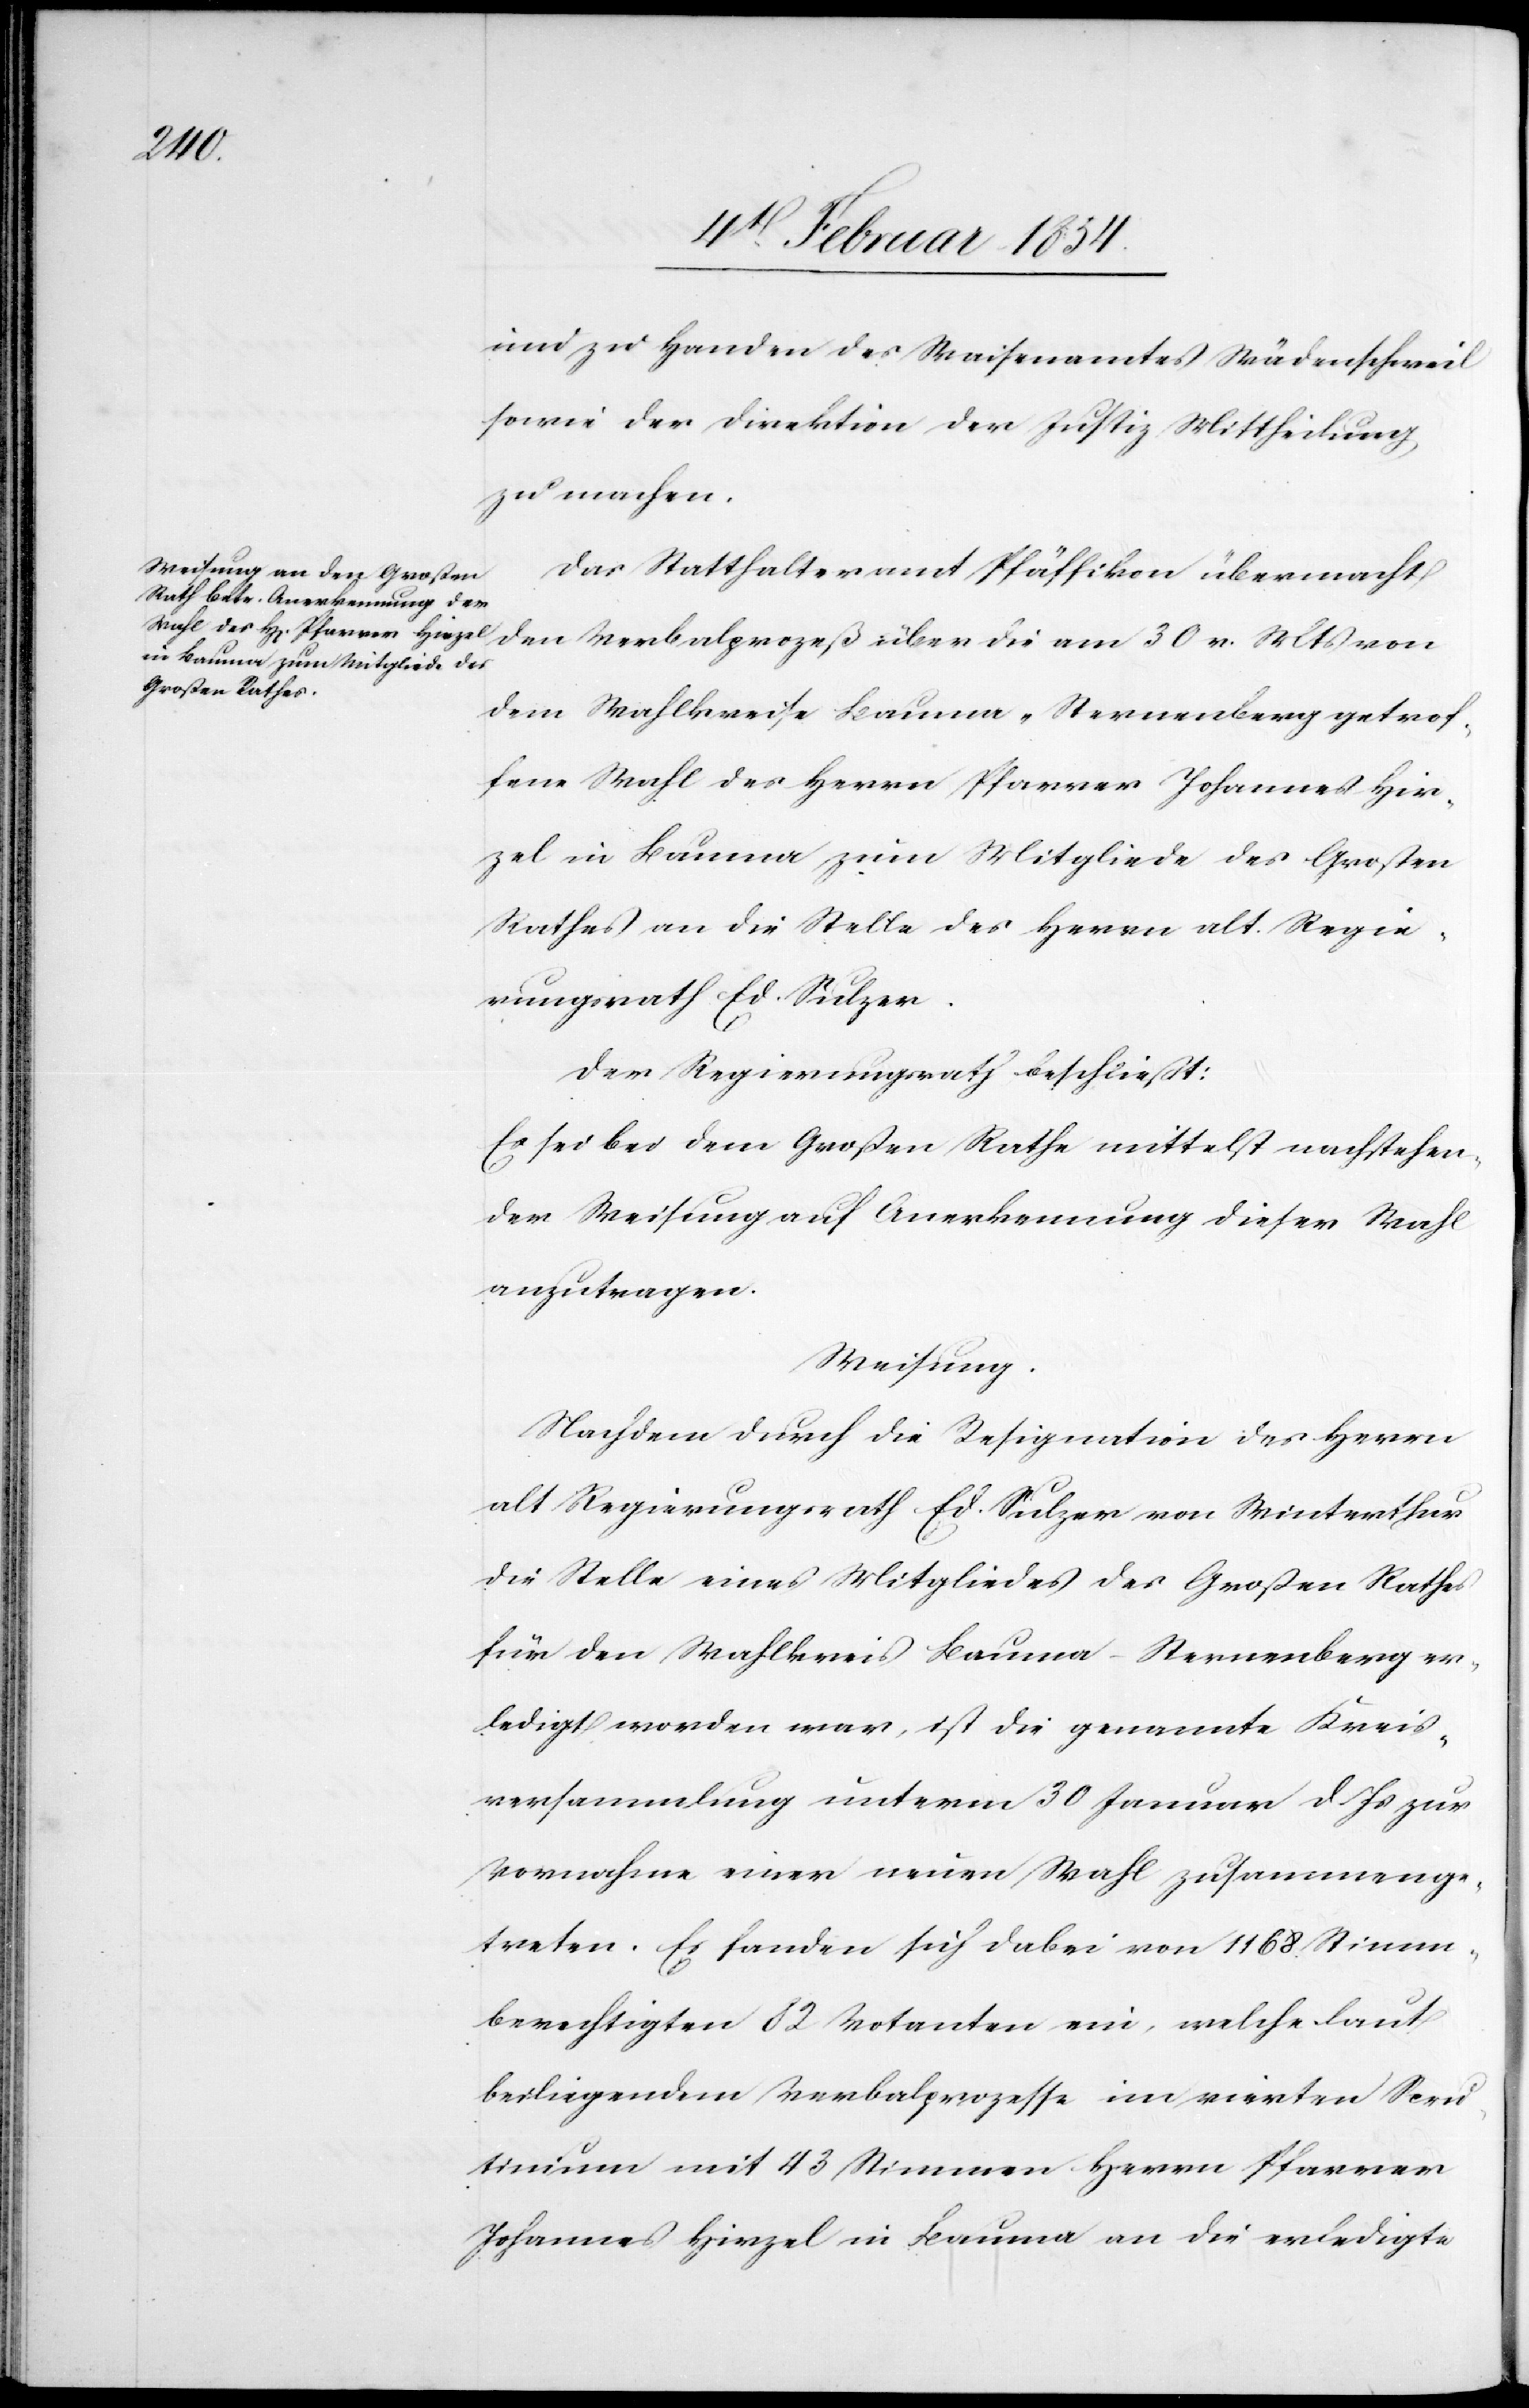
und zu Handen des Waisenamtes Wädenschweil
sowie der Direktion der Justiz Mittheilung
zu machen.
Das Statthalteramt Pfäffikon übermacht
den Verbalprozeß über die am 30 v. Mts von
dem Wahlkreise Bauma-Sternenberg getrof¬
fene Wahl des Herrn Pfarrer Johannes Hir¬
zel in Bauma zum Mitgliede des Großen
Rathes an die Stelle des Herrn alt. Regie¬
rungsrath Ed. Sulzer.
Der Regierungsrath beschließt:
Es sei bei dem Großen Rathe mittelst nachstehen¬
der Weisung auf Anerkennung dieser Wahl
anzutragen.
Weisung.
Nachdem durch die Resignation des Herrn
alt Regierungsrath Ed. Sulzer von Winterthur
die Stelle eines Mitgliedes des Großen Rathes
für den Wahlkreis Bauma-Sternenberg er¬
ledigt worden war, ist die genannte Kreis¬
versammlung unterm 30 Januar d. Js zur
Vornahme einer neuen Wahl zusammenge¬
treten. Es fanden sich dabei von 1168. Stimm¬
berechtigten 82 Votanten ein, welche laut
beiliegendem Verbalprozesse im vierten Scru¬
tinium mit 43 Stimmen Herrn Pfarrer
Johannes Hirzel in Bauma an die erledigte